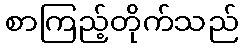
စာကြည့်တိုက်သည်